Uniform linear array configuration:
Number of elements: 8
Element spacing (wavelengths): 0.25
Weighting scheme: kaiser
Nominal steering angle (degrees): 15
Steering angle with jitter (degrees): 15.153
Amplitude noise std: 0.05
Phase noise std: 0.05

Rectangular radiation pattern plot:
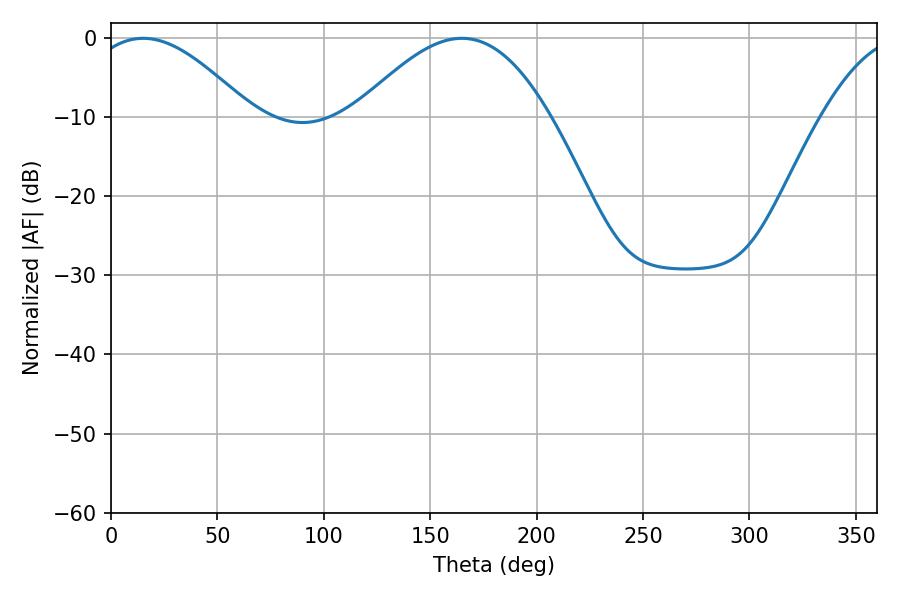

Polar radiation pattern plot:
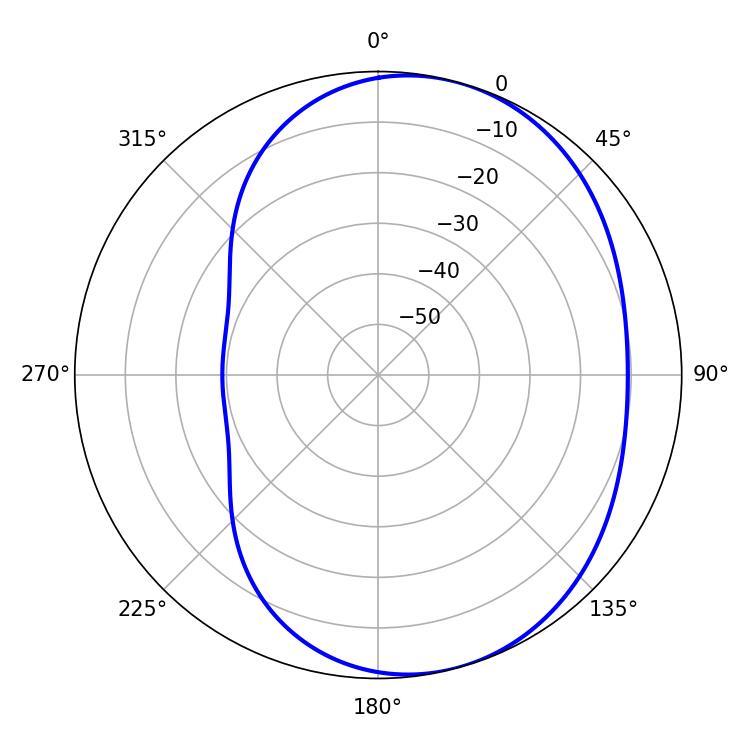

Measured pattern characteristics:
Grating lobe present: FALSE
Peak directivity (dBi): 5.231
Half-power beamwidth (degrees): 41.58
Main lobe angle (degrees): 15.12